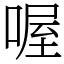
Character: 喔